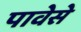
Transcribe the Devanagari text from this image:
पावेसे